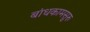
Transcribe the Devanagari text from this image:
बांधकामसुरु